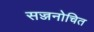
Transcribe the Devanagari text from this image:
सज्जनोचित